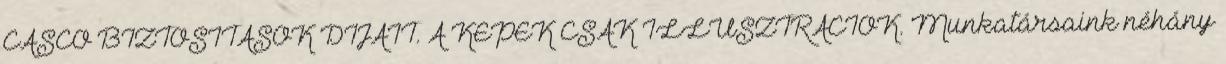
CASCO BIZTOSÍTÁSOK DÍJAIT. A KÉPEK CSAK ILLUSZTRÁCIÓK. Munkatársaink néhány